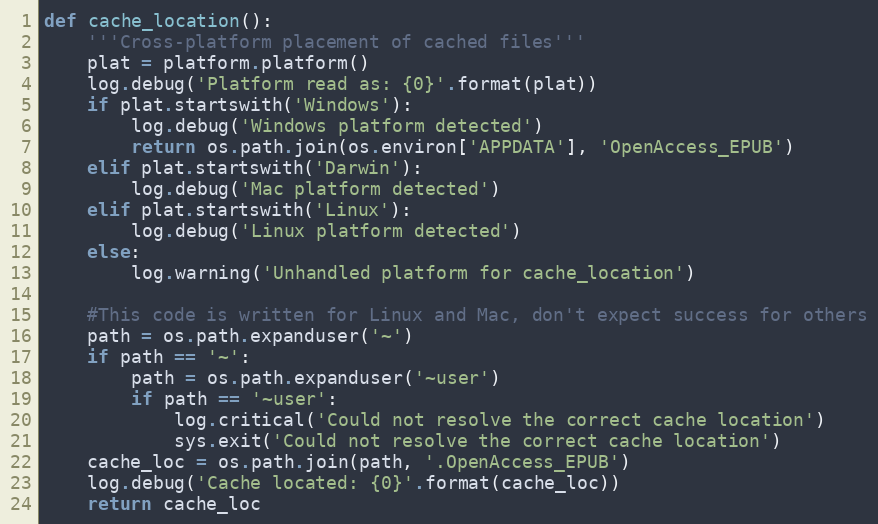
Language: Python
def cache_location():
    '''Cross-platform placement of cached files'''
    plat = platform.platform()
    log.debug('Platform read as: {0}'.format(plat))
    if plat.startswith('Windows'):
        log.debug('Windows platform detected')
        return os.path.join(os.environ['APPDATA'], 'OpenAccess_EPUB')
    elif plat.startswith('Darwin'):
        log.debug('Mac platform detected')
    elif plat.startswith('Linux'):
        log.debug('Linux platform detected')
    else:
        log.warning('Unhandled platform for cache_location')

    #This code is written for Linux and Mac, don't expect success for others
    path = os.path.expanduser('~')
    if path == '~':
        path = os.path.expanduser('~user')
        if path == '~user':
            log.critical('Could not resolve the correct cache location')
            sys.exit('Could not resolve the correct cache location')
    cache_loc = os.path.join(path, '.OpenAccess_EPUB')
    log.debug('Cache located: {0}'.format(cache_loc))
    return cache_loc